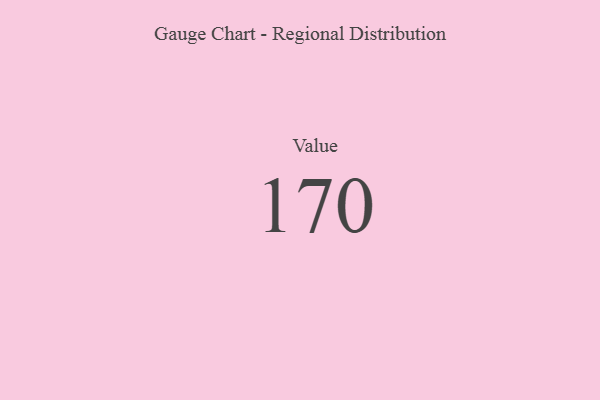
{"axis": {"x": "Metric", "y": "Value"}, "legend": [""], "data": [{"x": "Value", "y": 170, "type": ""}]}